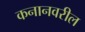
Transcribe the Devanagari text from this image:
कनानवरील